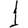
Digit: 1